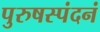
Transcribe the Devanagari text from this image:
पुरुषस्पंदनं